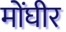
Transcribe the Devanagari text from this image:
मोंघीर